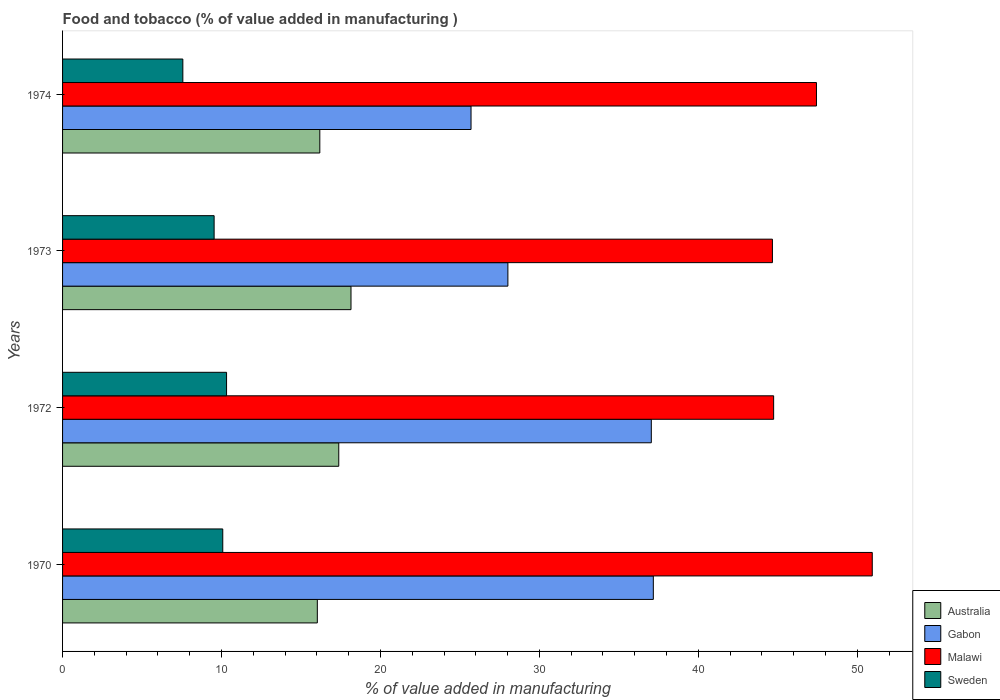
| Years | Australia | Gabon | Malawi | Sweden |
 | --- | --- | --- | --- | --- |
 | 1970 | 16 | 37.2 | 50.9 | 10.1 |
 | 1972 | 17.4 | 37 | 44.7 | 10.3 |
 | 1973 | 18.1 | 28 | 44.7 | 9.54 |
 | 1974 | 16.2 | 25.7 | 47.4 | 7.57 |